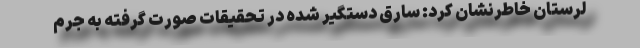
لرستان خاطرنشان کرد: سارق دستگیر شده در تحقیقات صورت گرفته به جرم